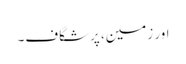
اور زمین، پرشگاف۔